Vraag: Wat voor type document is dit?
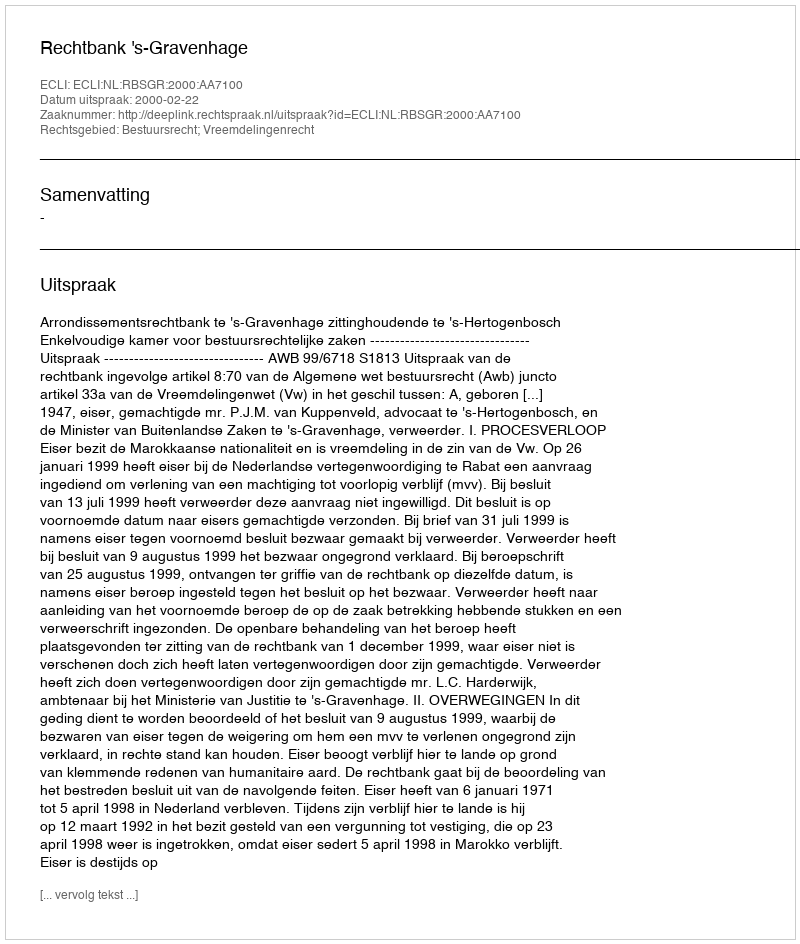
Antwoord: Uitspraak